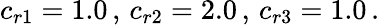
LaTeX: c_{r1}=1.0\, ,\, c_{r2}=2.0\, ,\, c_{r3}=1.0\, .